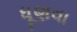
ધૂણવા